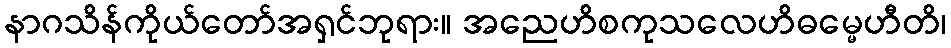
နာဂသိန်ကိုယ်တော်အရှင်ဘုရား။ အညေဟိစကုသလေဟိဓမ္မေဟီတိ၊